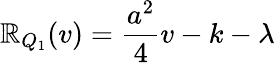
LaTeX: \mathbb{R}_{Q_{1}}(v)=\frac{{a^{2}}}{{4}}v-k-\lambda